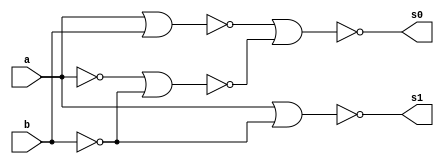
// ---------------------
// Guia 04_04 - Meia Diferenca NOR
// Nome: Marley Ribeiro
// ---------------------

// ---------------------
// -- meia diferenca
// ---------------------

module meiadiferenca (s0, s1, a, b);
 output s0, s1;
 input  a, b;
 wire s2,s3,s4,s5,s6;
 
 nor norgate1 (s2, a, a);
 nor norgate2 (s3, b, b);
 nor norgate3 (s4, s2, s3);
 nor norgate4 (s5, a, b);
 nor norgate5 (s0, s5, s4);
 nor norgate6 (s6, s2, s2);
 nor norgate7 (s1, s6, s3);
 
 endmodule //meiadiferenca

// --------------------------
// -- test meia diferenca nor
// --------------------------

module testmeiadiferenca;
 reg   a, b;             
 wire  s0, s1;
          // instancia
 meiadiferenca MEIADIFERENCA1 (s0, s1, a, b);

 initial begin:start
      a=0; b=0;
 end

          // parte principal
 initial begin:main
      $display("Guia 04_04 - Marley Ribeiro - 414510");
      $display("Test Meia Diferenca NOR gate");
      $display("\n a | b = s0 s1\n");
      $monitor(" %b | %b = %b %b", a, b, s0, s1);
  #1  a=0; b=1; 
  #1  a=1; b=0; 
  #1  a=1; b=1; 
  
 end

endmodule // testmeiadiferenca